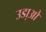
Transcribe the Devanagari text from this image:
उडा़ओ